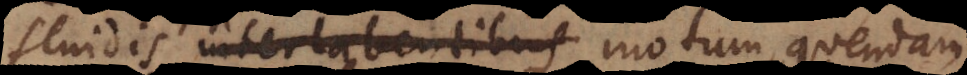
fluidis interlabentibus motum quendam